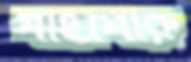
গাইগোরু